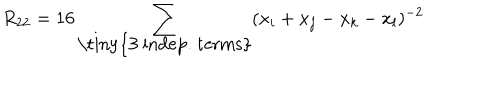
LaTeX: R _ { 2 2 } = 1 6 \sum _ { \mathrm { \tiny { 3 ~ i n d e p . ~ t e r m s } } } ( x _ { i } + x _ { j } - x _ { k } - x _ { l } ) ^ { - 2 }